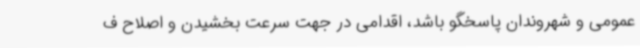
عمومی و شهروندان پاسخگو باشد، اقدامی در جهت سرعت بخشیدن و اصلاح ف